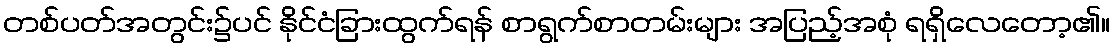
တစ်ပတ်အတွင်း၌ပင် နိုင်ငံခြားထွက်ရန် စာရွက်စာတမ်းများ အပြည့်အစုံ ရရှိလေတော့၏။